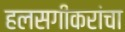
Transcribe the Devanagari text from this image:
हलसगीकरांचा